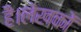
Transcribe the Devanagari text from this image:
है।लेखकों